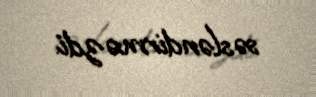
səsləndirməzdi.